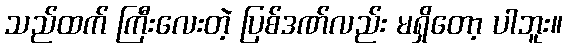
သည်ထက် ကြီးလေးတဲ့ ပြစ်ဒဏ်လည်း မရှိတော့ ပါဘူး။